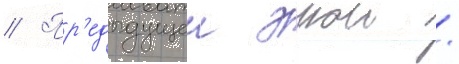
// Пр'едыдущеи эрои /